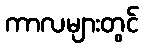
ကာလများတွင်